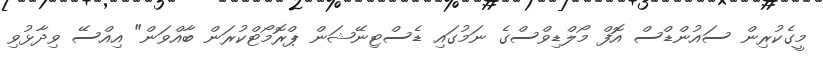
މީގެކުރިން ސައުންޑްސް އޮފް މޯލްޑިވްސްގެ ނަމުގައި ޑެސްޓިނޭޝަން ޕްރޮމޯޓްކުރަން ބާއްވަން" އިއްސޭ ވިދާޅުވި